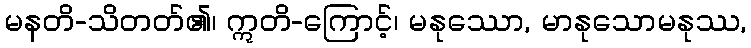
မနတိ-သိတတ်၏၊ ဣတိ-ကြောင့်၊ မနုဿော, မာနုသောမနုဿ,